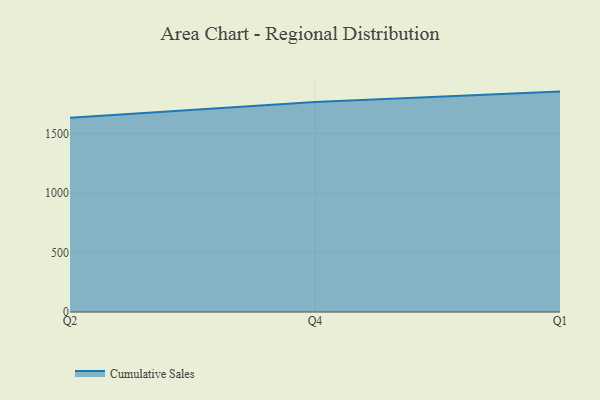
{"axis": {"x": "Quarter", "y": "Customer Acquisition Cost (USD)"}, "legend": ["Cumulative Sales"], "data": [{"x": "Q2", "y": 1630.9, "type": "Cumulative Sales"}, {"x": "Q4", "y": 1762.6, "type": "Cumulative Sales"}, {"x": "Q1", "y": 1850.8, "type": "Cumulative Sales"}]}